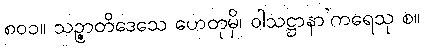
၈၀၁။ သဉ္ဇာတိဒေသေ ဟေတုမှိ၊ ဝါသဋ္ဌာနာ’ကရေသု စ။